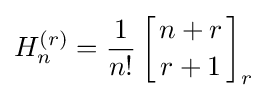
H_{n}^{(r)}={\frac {1}{n!}}\left[{n+r \atop r+1}\right]_{r}